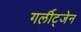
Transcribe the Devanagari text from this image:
गर्लीट्जेन